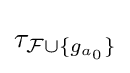
\tau _{{\mathcal {F}}\cup \{g_{a_{0}}\}}